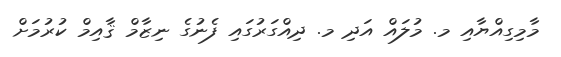
މާމިގިއްޔާއި މ. މުލައް އަދި މ. ދިއްގަރުގައި ފެނުގެ ނިޒާމް ޤާއިމް ކުރުމަށް